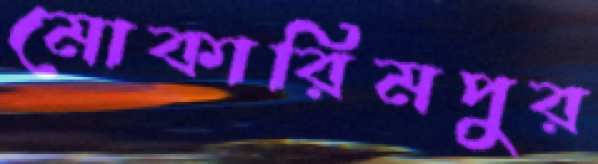
মোকারিমপুর